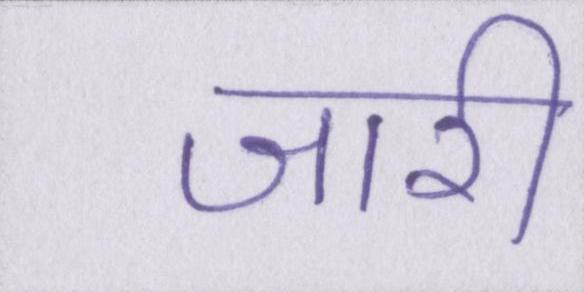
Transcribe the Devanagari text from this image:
जारी